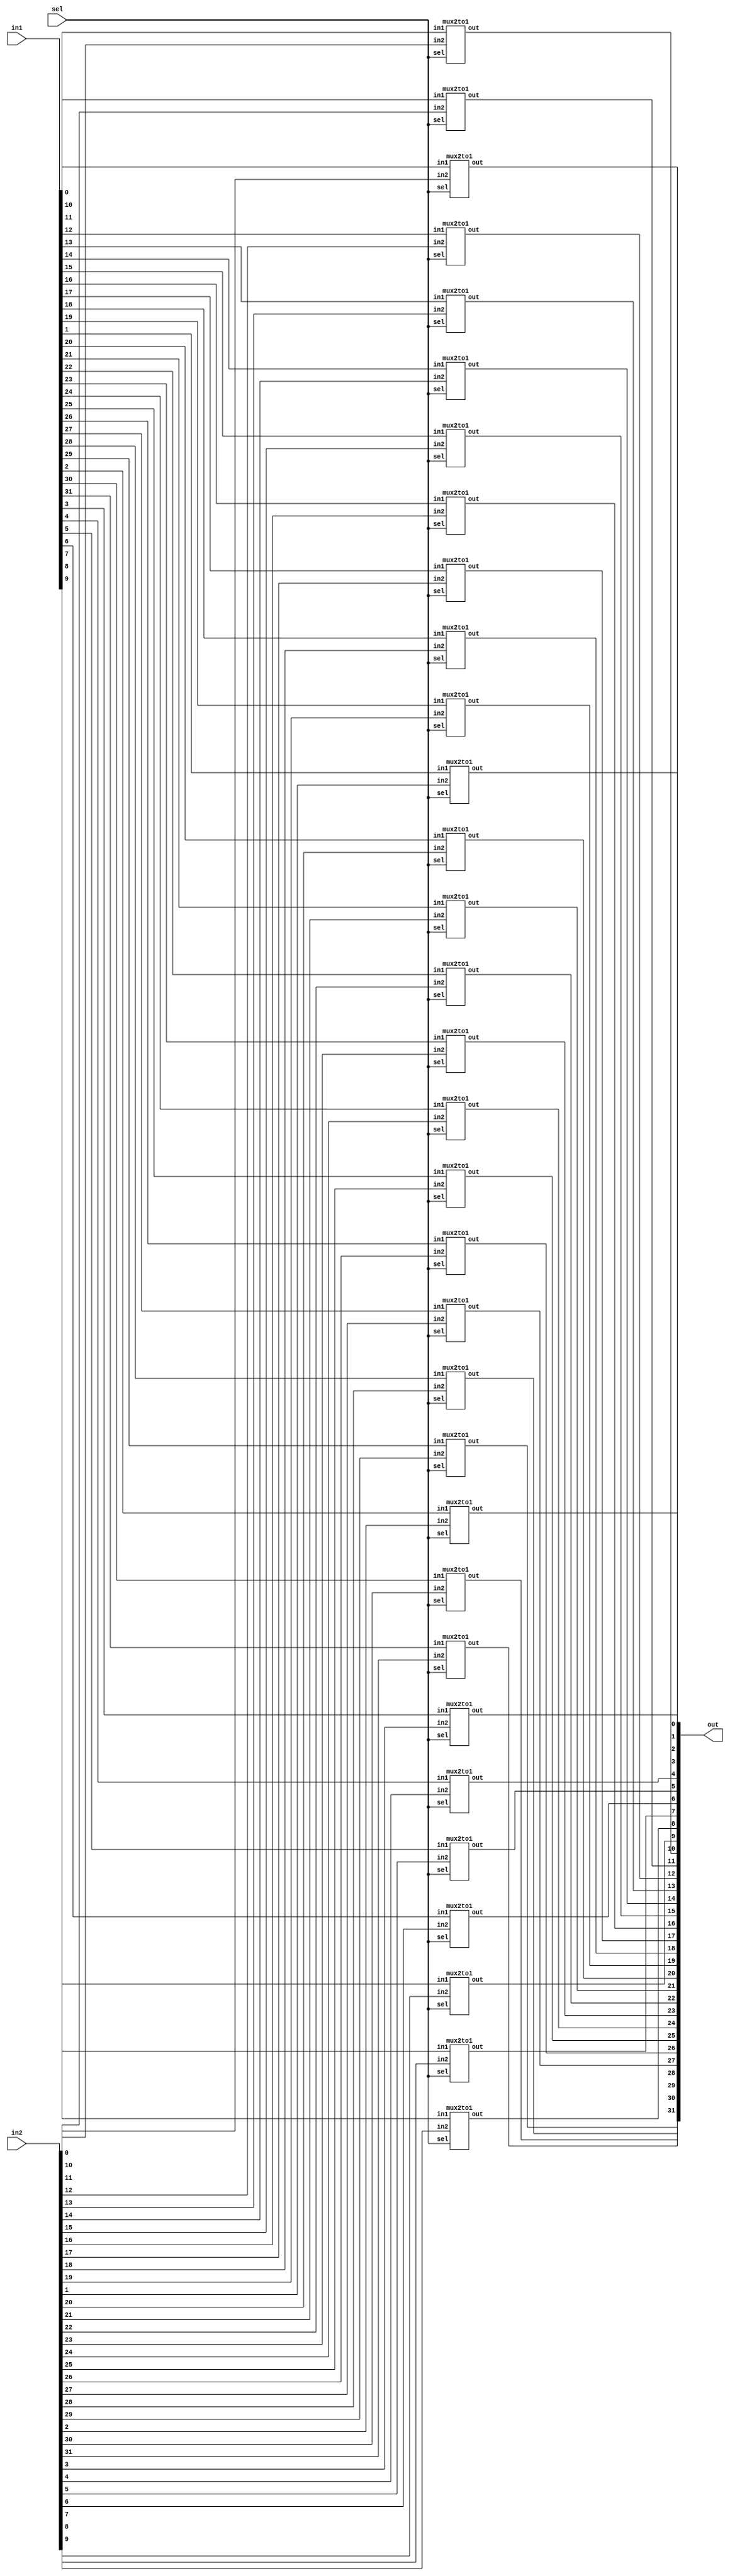
module bit32_2to1mux(out,sel,in1,in2);
    input [31:0] in1,in2;
    output [31:0] out;
    input sel;
    genvar j;
    //this is the variable that is be used in the generate
    //block
    generate for (j=0; j<32;j=j+1) begin: mux_loop
        //mux_loop is the name of the loop
        mux2to1 m1(out[j],sel,in1[j],in2[j]);
        //mux2to1 is instantiated every time it is called
        end
    endgenerate
endmodule

module mux2to1(out,sel,in1,in2);
    input in1,in2,sel;
    output out;
    wire not_sel,a1,a2;
    not (not_sel,sel);
    and (a1,sel,in2);
    and (a2,not_sel,in1);
    or(out,a1,a2);
endmodule